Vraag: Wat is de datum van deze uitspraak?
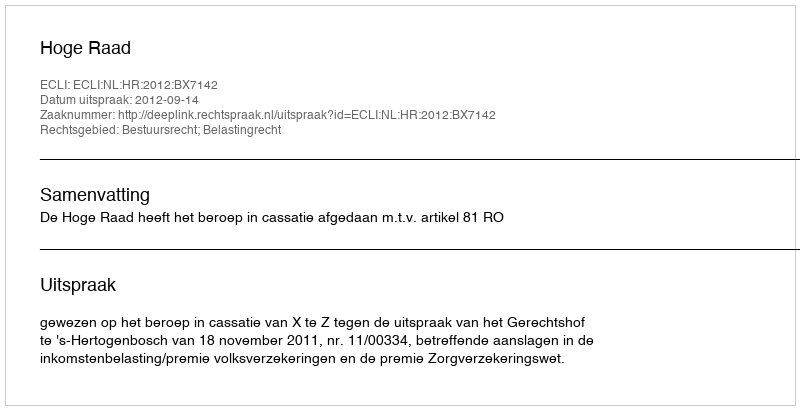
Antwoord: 2012-09-14